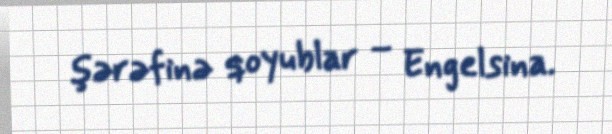
şərəfinə qoyublar – Engelsina.